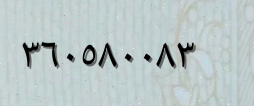
٣٦٠٥٨٠٠٨٣